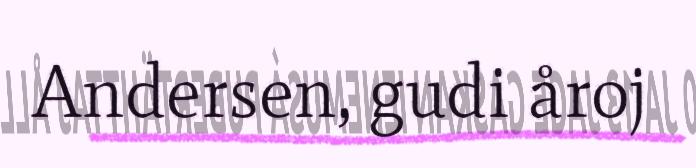
Andersen, gudi åroj